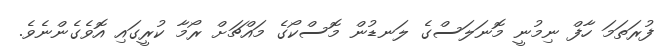
ފުރަތަމަ ހާފް ނިމުނީ މޮނަލަސްގެ ލަނޑުން މޮސްކޯގެ މައްޗަށް ރޯމާ ކުރީގައި އޮވެގެންނެވެ.